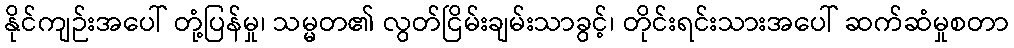
နိုင်ကျဉ်းအပေါ် တုံ့ပြန်မှု၊ သမ္မတ၏ လွတ်ငြိမ်းချမ်းသာခွင့်၊ တိုင်းရင်းသားအပေါ် ဆက်ဆံမှုစတာ